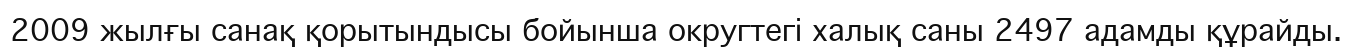
2009 жылғы санақ қорытындысы бойынша округтегі халық саны 2497 адамды құрайды.